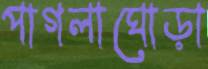
পাগলাঘোড়া